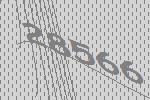
28566